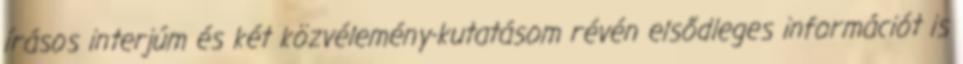
írásos interjúm és két közvélemény-kutatásom révén elsődleges információt is